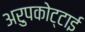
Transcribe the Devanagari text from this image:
अरुपकोट्टाई